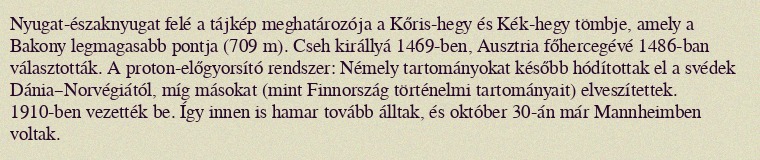
Nyugat-északnyugat felé a tájkép meghatározója a Kőris-hegy és Kék-hegy tömbje, amely a Bakony legmagasabb pontja (709 m). Cseh királlyá 1469-ben, Ausztria főhercegévé 1486-ban választották. A proton-előgyorsító rendszer: Némely tartományokat később hódítottak el a svédek Dánia–Norvégiától, míg másokat (mint Finnország történelmi tartományait) elveszítettek. 1910-ben vezették be. Így innen is hamar tovább álltak, és október 30-án már Mannheimben voltak.